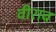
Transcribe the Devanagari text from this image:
वीराब